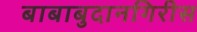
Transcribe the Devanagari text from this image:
बाबाबुदानगिरीस